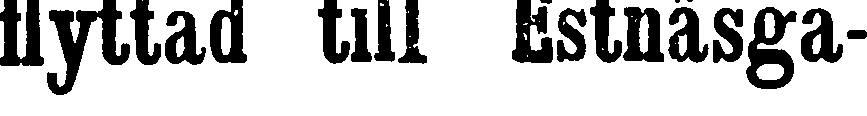
flyttad till Estnäsga-